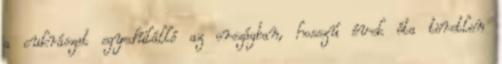
a cukrászat egyedülálló az országban, hosszú évek óta töretlen